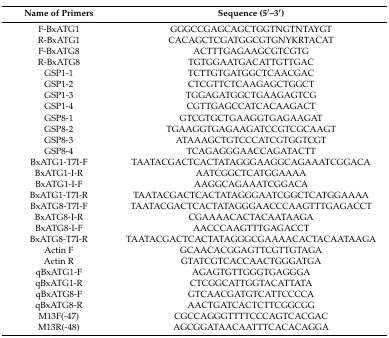
| Name of Primers | Sequence (5′–3′) |
 | --- | --- |
 | F-BxATG1 | GGGCCGAGCAGCTGGTNGTNTAYGT |
 | R-BxATG1 | CACAGCTCGATGGCGTGNYKRTACAT |
 | F-BxATG8 | ACTTTGAGAAGCGTCGTG |
 | R-BxATG8 | TGTGGAATGACATTGTTGAC |
 | GSP1-1 | TCTTGTGATGGCTCAACGAC |
 | GSP1-2 | CTCGTTCTCAAGAGCTGGCT |
 | GSP1-3 | TGGAGATGGCTGAAGAGTCG |
 | GSP1-4 | CGTTGAGCCATCACAAGACT |
 | GSP8-1 | GTCGTGCTGAAGGTGAGAAGAT |
 | GSP8-2 | TGAAGGTGAGAAGATCCGTCGCAAGT |
 | GSP8-3 | ATAAAGCTGTCCCATCGTGGTCGT |
 | GSP8-4 | TCAGAGGGAACCAGATACTT |
 | BxATG1-T7I-F | TAATACGACTCACTATAGGGAAGGCAGAAATCGGACA |
 | BxATG1-I-R | AATCGGCTCATGGAAAA |
 | BxATG1-I-F | AAGGCAGAAATCGGACA |
 | BxATG1-T7I-R | TAATACGACTCACTATAGGGAATCGGCTCATGGAAAA |
 | BxATG8-T7I-F | TAATACGACTCACTATAGGGAACCCAAGTTTGAGACCT |
 | BxATG8-I-R | CGAAAACACTACAATAAGA |
 | BxATG8-I-F | AACCCAAGTTTGAGACCT |
 | BxATG8-T7I-R | TAATACGACTCACTATAGGGCGAAAACACTACAATAAGA |
 | Actin F | GCAACACGGAGTTCGTTGTAGA |
 | Actin R | GTATCGTCACCAACTGGGATGA |
 | qBxATG1-F | AGAGTGTTGGGTGAGGGA |
 | qBxATG1-R | CTCGGCATTGGTACATTATA |
 | qBxATG8-F | GTCAACGATGTCATTCCCCA |
 | qBxATG8-R | AACTGATCACTCTTCGGCGG |
 | M13F(-47) | CGCCAGGGTTTTCCCAGTCACGAC |
 | M13R(-48) | AGCGGATAACAATTTCACACAGGA |